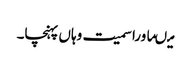
میںماورا سمیت وہاں پہنچا۔